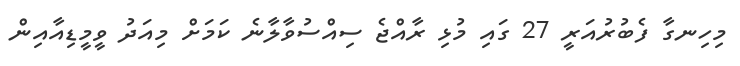
މިހިނގާ ފެބުރުއަރީ 27 ގައި މުޅި ރާއްޖެ ސިއްސުވާލާނެ ކަމަށް މިއަދު ވީމީޑިއާއިން